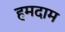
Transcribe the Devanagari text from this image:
हमदाम